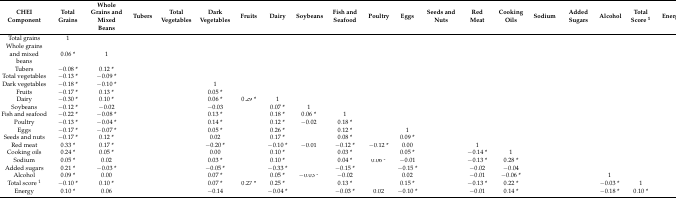
<table><thead><tr><td><b>CHEIComponent</b></td><td><b>Total Grains</b></td><td><b>Whole Grains and Mixed Beans</b></td><td><b>Tubers</b></td><td><b>Total Vegetables</b></td><td><b>Dark Vegetables</b></td><td><b>Fruits</b></td><td><b>Dairy</b></td><td><b>Soybeans</b></td><td><b>Fish and Seafood</b></td><td><b>Poultry</b></td><td><b>Eggs</b></td><td><b>Seeds and Nuts</b></td><td><b>Red Meat</b></td><td><b>Cooking Oils</b></td><td><b>Sodium</b></td><td><b>Added Sugars</b></td><td><b>Alcohol</b></td><td><b>Total Score <sup>1</sup></b></td><td><b>Energy</b></td></tr></thead><tbody><tr><td>Total grains</td><td>1</td><td>[EMPTY_CELL]</td><td>[EMPTY_CELL]</td><td>[EMPTY_CELL]</td><td>[EMPTY_CELL]</td><td>[EMPTY_CELL]</td><td>[EMPTY_CELL]</td><td>[EMPTY_CELL]</td><td>[EMPTY_CELL]</td><td>[EMPTY_CELL]</td><td>[EMPTY_CELL]</td><td>[EMPTY_CELL]</td><td>[EMPTY_CELL]</td><td>[EMPTY_CELL]</td><td>[EMPTY_CELL]</td><td>[EMPTY_CELL]</td><td>[EMPTY_CELL]</td><td>[EMPTY_CELL]</td><td>[EMPTY_CELL]</td></tr><tr><td>Whole grains and mixed beans</td><td>0.06 *</td><td>1</td><td>[EMPTY_CELL]</td><td>[EMPTY_CELL]</td><td>[EMPTY_CELL]</td><td>[EMPTY_CELL]</td><td>[EMPTY_CELL]</td><td>[EMPTY_CELL]</td><td>[EMPTY_CELL]</td><td>[EMPTY_CELL]</td><td>[EMPTY_CELL]</td><td>[EMPTY_CELL]</td><td>[EMPTY_CELL]</td><td>[EMPTY_CELL]</td><td>[EMPTY_CELL]</td><td>[EMPTY_CELL]</td><td>[EMPTY_CELL]</td><td>[EMPTY_CELL]</td><td>[EMPTY_CELL]</td></tr><tr><td>Tubers</td><td>−0.08 *</td><td>0.12 *</td><td>[EMPTY_CELL]</td><td>[EMPTY_CELL]</td><td>[EMPTY_CELL]</td><td>[EMPTY_CELL]</td><td>[EMPTY_CELL]</td><td>[EMPTY_CELL]</td><td>[EMPTY_CELL]</td><td>[EMPTY_CELL]</td><td>[EMPTY_CELL]</td><td>[EMPTY_CELL]</td><td>[EMPTY_CELL]</td><td>[EMPTY_CELL]</td><td>[EMPTY_CELL]</td><td>[EMPTY_CELL]</td><td>[EMPTY_CELL]</td><td>[EMPTY_CELL]</td><td>[EMPTY_CELL]</td></tr><tr><td>Total vegetables</td><td>−0.13 *</td><td>−0.09 *</td><td>[EMPTY_CELL]</td><td>[EMPTY_CELL]</td><td>[EMPTY_CELL]</td><td>[EMPTY_CELL]</td><td>[EMPTY_CELL]</td><td>[EMPTY_CELL]</td><td>[EMPTY_CELL]</td><td>[EMPTY_CELL]</td><td>[EMPTY_CELL]</td><td>[EMPTY_CELL]</td><td>[EMPTY_CELL]</td><td>[EMPTY_CELL]</td><td>[EMPTY_CELL]</td><td>[EMPTY_CELL]</td><td>[EMPTY_CELL]</td><td>[EMPTY_CELL]</td><td>[EMPTY_CELL]</td></tr><tr><td>Dark vegetables</td><td>−0.18 *</td><td>−0.10 *</td><td>[EMPTY_CELL]</td><td>[EMPTY_CELL]</td><td>1</td><td>[EMPTY_CELL]</td><td>[EMPTY_CELL]</td><td>[EMPTY_CELL]</td><td>[EMPTY_CELL]</td><td>[EMPTY_CELL]</td><td>[EMPTY_CELL]</td><td>[EMPTY_CELL]</td><td>[EMPTY_CELL]</td><td>[EMPTY_CELL]</td><td>[EMPTY_CELL]</td><td>[EMPTY_CELL]</td><td>[EMPTY_CELL]</td><td>[EMPTY_CELL]</td><td>[EMPTY_CELL]</td></tr><tr><td>Fruits</td><td>−0.17 *</td><td>0.13 *</td><td>[EMPTY_CELL]</td><td>[EMPTY_CELL]</td><td>0.05 *</td><td>[EMPTY_CELL]</td><td>[EMPTY_CELL]</td><td>[EMPTY_CELL]</td><td>[EMPTY_CELL]</td><td>[EMPTY_CELL]</td><td>[EMPTY_CELL]</td><td>[EMPTY_CELL]</td><td>[EMPTY_CELL]</td><td>[EMPTY_CELL]</td><td>[EMPTY_CELL]</td><td>[EMPTY_CELL]</td><td>[EMPTY_CELL]</td><td>[EMPTY_CELL]</td><td>[EMPTY_CELL]</td></tr><tr><td>Dairy</td><td>−0.30 *</td><td>0.10 *</td><td>[EMPTY_CELL]</td><td>[EMPTY_CELL]</td><td>0.06 *</td><td>0.29 *</td><td>1</td><td>[EMPTY_CELL]</td><td>[EMPTY_CELL]</td><td>[EMPTY_CELL]</td><td>[EMPTY_CELL]</td><td>[EMPTY_CELL]</td><td>[EMPTY_CELL]</td><td>[EMPTY_CELL]</td><td>[EMPTY_CELL]</td><td>[EMPTY_CELL]</td><td>[EMPTY_CELL]</td><td>[EMPTY_CELL]</td><td>[EMPTY_CELL]</td></tr><tr><td>Soybeans</td><td>−0.12 *</td><td>−0.02</td><td>[EMPTY_CELL]</td><td>[EMPTY_CELL]</td><td>−0.03</td><td>[EMPTY_CELL]</td><td>0.07 *</td><td>1</td><td>[EMPTY_CELL]</td><td>[EMPTY_CELL]</td><td>[EMPTY_CELL]</td><td>[EMPTY_CELL]</td><td>[EMPTY_CELL]</td><td>[EMPTY_CELL]</td><td>[EMPTY_CELL]</td><td>[EMPTY_CELL]</td><td>[EMPTY_CELL]</td><td>[EMPTY_CELL]</td><td>[EMPTY_CELL]</td></tr><tr><td>Fish and seafood</td><td>−0.22 *</td><td>−0.08 *</td><td>[EMPTY_CELL]</td><td>[EMPTY_CELL]</td><td>0.13 *</td><td>[EMPTY_CELL]</td><td>0.18 *</td><td>0.06 *</td><td>1</td><td>[EMPTY_CELL]</td><td>[EMPTY_CELL]</td><td>[EMPTY_CELL]</td><td>[EMPTY_CELL]</td><td>[EMPTY_CELL]</td><td>[EMPTY_CELL]</td><td>[EMPTY_CELL]</td><td>[EMPTY_CELL]</td><td>[EMPTY_CELL]</td><td>[EMPTY_CELL]</td></tr><tr><td>Poultry</td><td>−0.13 *</td><td>−0.04 *</td><td>[EMPTY_CELL]</td><td>[EMPTY_CELL]</td><td>0.14 *</td><td>[EMPTY_CELL]</td><td>0.12 *</td><td>−0.02</td><td>0.18 *</td><td>[EMPTY_CELL]</td><td>[EMPTY_CELL]</td><td>[EMPTY_CELL]</td><td>[EMPTY_CELL]</td><td>[EMPTY_CELL]</td><td>[EMPTY_CELL]</td><td>[EMPTY_CELL]</td><td>[EMPTY_CELL]</td><td>[EMPTY_CELL]</td><td>[EMPTY_CELL]</td></tr><tr><td>Eggs</td><td>−0.17 *</td><td>−0.07 *</td><td>[EMPTY_CELL]</td><td>[EMPTY_CELL]</td><td>0.05 *</td><td>[EMPTY_CELL]</td><td>0.26 *</td><td>[EMPTY_CELL]</td><td>0.12 *</td><td>[EMPTY_CELL]</td><td>1</td><td>[EMPTY_CELL]</td><td>[EMPTY_CELL]</td><td>[EMPTY_CELL]</td><td>[EMPTY_CELL]</td><td>[EMPTY_CELL]</td><td>[EMPTY_CELL]</td><td>[EMPTY_CELL]</td><td>[EMPTY_CELL]</td></tr><tr><td>Seeds and nuts</td><td>−0.17 *</td><td>0.12 *</td><td>[EMPTY_CELL]</td><td>[EMPTY_CELL]</td><td>0.02</td><td>[EMPTY_CELL]</td><td>0.17 *</td><td>[EMPTY_CELL]</td><td>0.08 *</td><td>[EMPTY_CELL]</td><td>0.09 *</td><td>[EMPTY_CELL]</td><td>[EMPTY_CELL]</td><td>[EMPTY_CELL]</td><td>[EMPTY_CELL]</td><td>[EMPTY_CELL]</td><td>[EMPTY_CELL]</td><td>[EMPTY_CELL]</td><td>[EMPTY_CELL]</td></tr><tr><td>Red meat</td><td>0.33 *</td><td>0.17 *</td><td>[EMPTY_CELL]</td><td>[EMPTY_CELL]</td><td>−0.20 *</td><td>[EMPTY_CELL]</td><td>−0.10 *</td><td>−0.01</td><td>−0.12 *</td><td>−0.12 *</td><td>0.00</td><td>[EMPTY_CELL]</td><td>1</td><td>[EMPTY_CELL]</td><td>[EMPTY_CELL]</td><td>[EMPTY_CELL]</td><td>[EMPTY_CELL]</td><td>[EMPTY_CELL]</td><td>[EMPTY_CELL]</td></tr><tr><td>Cooking oils</td><td>0.24 *</td><td>0.05 *</td><td>[EMPTY_CELL]</td><td>[EMPTY_CELL]</td><td>0.00</td><td>[EMPTY_CELL]</td><td>0.10 *</td><td>[EMPTY_CELL]</td><td>0.03 *</td><td>[EMPTY_CELL]</td><td>0.05 *</td><td>[EMPTY_CELL]</td><td>−0.14 *</td><td>1</td><td>[EMPTY_CELL]</td><td>[EMPTY_CELL]</td><td>[EMPTY_CELL]</td><td>[EMPTY_CELL]</td><td>[EMPTY_CELL]</td></tr><tr><td>Sodium</td><td>0.05 *</td><td>0.02</td><td>[EMPTY_CELL]</td><td>[EMPTY_CELL]</td><td>0.03 *</td><td>[EMPTY_CELL]</td><td>0.10 *</td><td>[EMPTY_CELL]</td><td>0.04 *</td><td>0.06 *</td><td>−0.01</td><td>[EMPTY_CELL]</td><td>−0.13 *</td><td>0.28 *</td><td>[EMPTY_CELL]</td><td>[EMPTY_CELL]</td><td>[EMPTY_CELL]</td><td>[EMPTY_CELL]</td><td>[EMPTY_CELL]</td></tr><tr><td>Added sugars</td><td>0.21 *</td><td>−0.03 *</td><td>[EMPTY_CELL]</td><td>[EMPTY_CELL]</td><td>−0.05 *</td><td>[EMPTY_CELL]</td><td>−0.33 *</td><td>[EMPTY_CELL]</td><td>−0.15 *</td><td>[EMPTY_CELL]</td><td>−0.15 *</td><td>[EMPTY_CELL]</td><td>−0.02</td><td>−0.04</td><td>[EMPTY_CELL]</td><td>[EMPTY_CELL]</td><td>[EMPTY_CELL]</td><td>[EMPTY_CELL]</td><td>[EMPTY_CELL]</td></tr><tr><td>Alcohol</td><td>0.09 *</td><td>0.00</td><td>[EMPTY_CELL]</td><td>[EMPTY_CELL]</td><td>0.07 *</td><td>[EMPTY_CELL]</td><td>0.05 *</td><td>−0.03 *</td><td>−0.02</td><td>[EMPTY_CELL]</td><td>0.02</td><td>[EMPTY_CELL]</td><td>−0.01</td><td>−0.06 *</td><td>[EMPTY_CELL]</td><td>[EMPTY_CELL]</td><td>1</td><td>[EMPTY_CELL]</td><td>[EMPTY_CELL]</td></tr><tr><td>Total score <sup>1</sup></td><td>−0.10 *</td><td>0.10 *</td><td>[EMPTY_CELL]</td><td>[EMPTY_CELL]</td><td>0.07 *</td><td>0.27 *</td><td>0.25 *</td><td>[EMPTY_CELL]</td><td>0.13 *</td><td>[EMPTY_CELL]</td><td>0.15 *</td><td>[EMPTY_CELL]</td><td>−0.13 *</td><td>0.22 *</td><td>[EMPTY_CELL]</td><td>[EMPTY_CELL]</td><td>−0.03 *</td><td>1</td><td>[EMPTY_CELL]</td></tr><tr><td>Energy</td><td>0.10 *</td><td>0.06</td><td>[EMPTY_CELL]</td><td>[EMPTY_CELL]</td><td>−0.14</td><td>[EMPTY_CELL]</td><td>−0.04 *</td><td>[EMPTY_CELL]</td><td>−0.03 *</td><td>0.02</td><td>−0.10 *</td><td>[EMPTY_CELL]</td><td>−0.01</td><td>0.14 *</td><td>[EMPTY_CELL]</td><td>[EMPTY_CELL]</td><td>−0.18 *</td><td>0.10 *</td><td>[EMPTY_CELL]</td></tr></tbody></table>